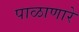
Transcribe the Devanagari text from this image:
पाळाणारे